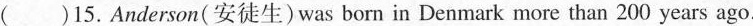
( )15. Anderson(安徒生)was born in Denmark more than 200 years ago.